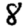
Digit: 8